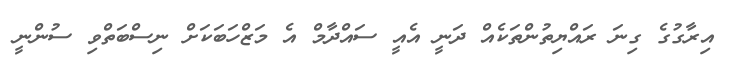
އިރާގުގެ ގިނަ ރައްޔިތުންތަކެއް ދަނީ އެއީ ސައްދާމް އެ މަޒްހަބަކަށް ނިސްބަތްވި ސުންނީ